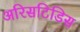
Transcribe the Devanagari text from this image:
अरिसटिडिस